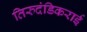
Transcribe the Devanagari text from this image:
तिरुदंडिकराई